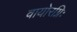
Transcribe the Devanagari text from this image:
वायोरग्निः